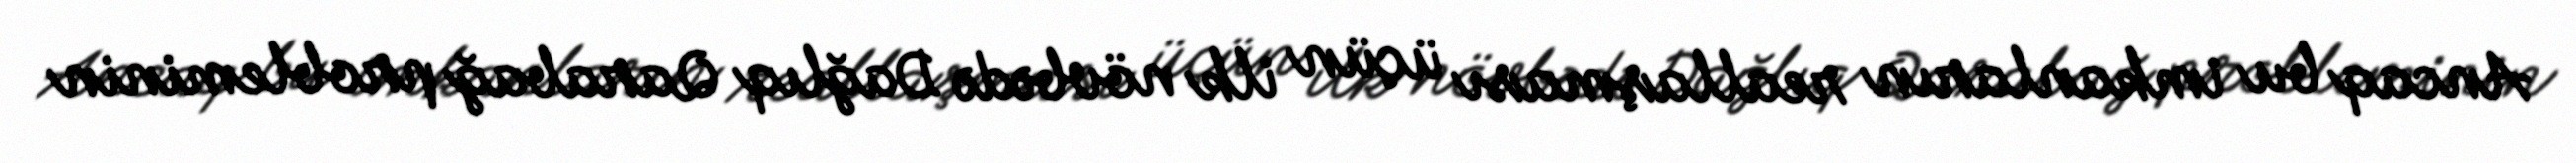
Ancaq bu imkanların reallaşması üçün ilk növbədə Dağlıq Qarabağ probleminin